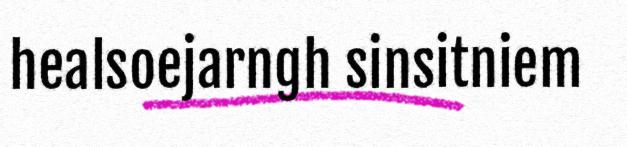
healsoejarngh sinsitniem